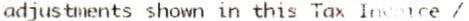
ADJUSTMENTS SHOWN IN THIS TAX INVOICE /